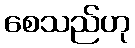
စေသည်ဟု